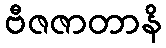
ဗီဇဇာတာနိ